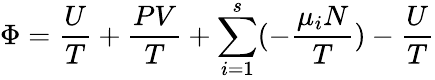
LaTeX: \Phi={\frac{U}{T}}+{\frac{PV}{T}}+\sum_{i=1}^{s}(-{\frac{\mu_{i}N}{T}})-{\frac{U}{T}}